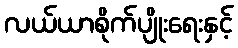
လယ်ယာစိုက်ပျိုးရေးနှင့်